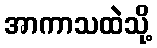
အာကာသထဲသို့